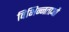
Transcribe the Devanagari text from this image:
विभिन्‍नताओं